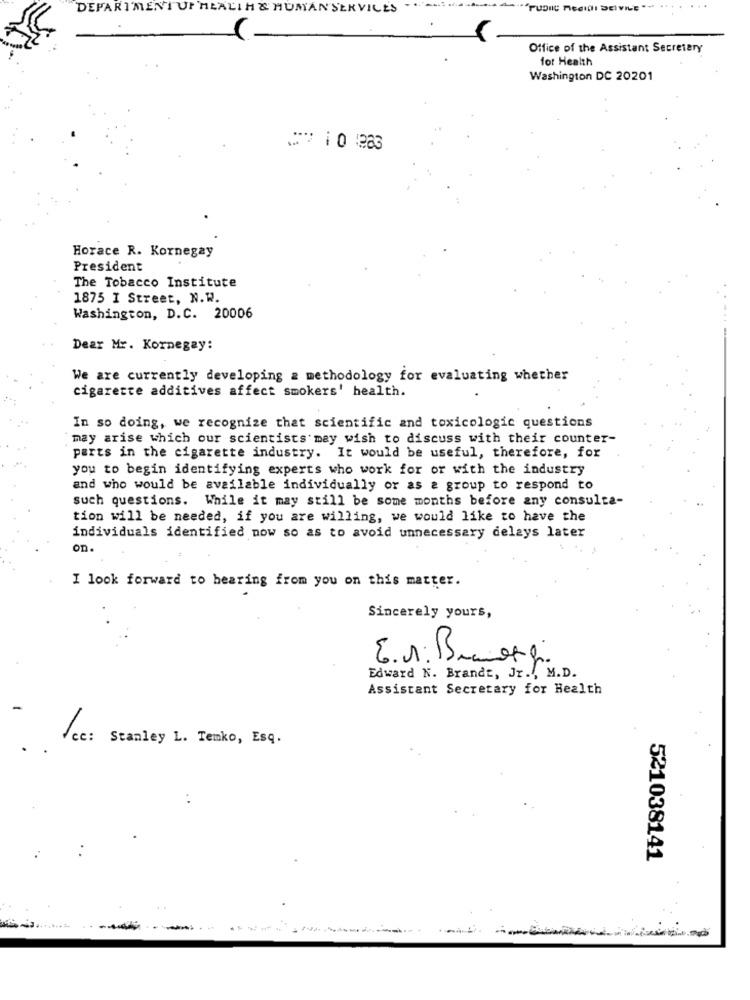
DEPARTMENT OF HEALTH & HUMAN SERVICES
"PUDIIC MedINI DEIVILE "-
..
Office of the Assistant Secretary
for Health
Washington DC 20201
Horace R. Kornegay
President
The Tobacco Institute
1875 I Street, N.W.
Washington, D.C. 20006
Dear Mr. Kornegay:
We are currently developing & methodology for evaluating whether
cigarette additives affect smokers' health.
In so doing, we recognize that scientific and toxicologic questions
may arise which our scientists may wish to discuss with their counter-
perts in the cigarette industry. It would be useful, therefore, for
you to begin identifying experts who work for or with the industry
and who would be available individually or as a group to respond to
such questions. While it may still be some months before any consulta-
tion will be needed, if you are willing, we would like to have the
individuals identified now so as to avoid unnecessary delays later
on.
I look forward to hearing from you on this matter.
Sincerely yours,
E.1. Bumor gi
Edward N. Brandt, Jr ., M.D.
Assistant Secretary for Health
cc: Stanley L. Temko, Esq.
521038141